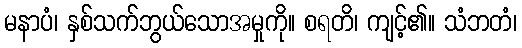
မနာပံ၊ နှစ်သက်ဘွယ်သောအမှုကို။ စရတိ၊ ကျင့်၏။ သံဘတံ၊